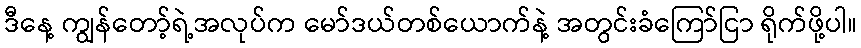
ဒီနေ့ ကျွန်တော့်ရဲ့အလုပ်က မော်ဒယ်တစ်ယောက်နဲ့ အတွင်းခံကြော်ငြာ ရိုက်ဖို့ပါ။